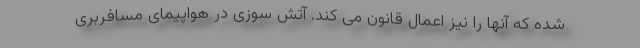
شده که آنها را نیز اعمال قانون می کند. آتش سوزی در هواپیمای مسافربری